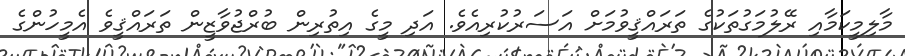
މާލިމީކަމާއި ރޭލުމަގުތަކުގެ ތަރައްޤީވުމަށް އަސަރުކުރިއެވެ. އަދި މީގެ އިތުރިން ބުރްޖުވާޒީން ތަރައްޤީވެ އެމީހުންގެ